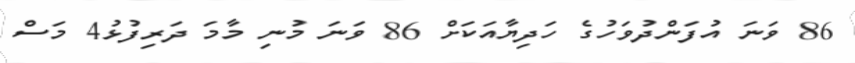
86 ވަނަ އުފަންދުވަހުގެ ހަދިޔާއަކަށް 86 ވަނަ މުނި މާމަ ދަރިފުޅު4 މަސް